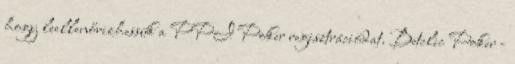
hogy leellenőrizhessük a PPI Poker regisztrációdat. Betclic Poker -